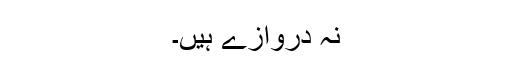
نہ دروازے ہیں۔